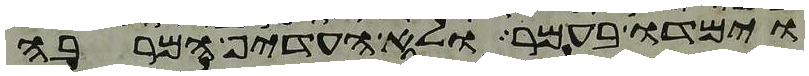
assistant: וימדו בעמר ולא העדיף המרבה